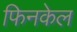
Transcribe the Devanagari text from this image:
फिनकेल